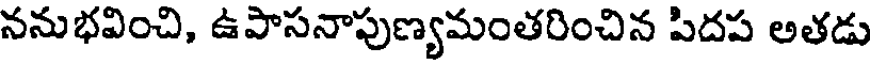
ననుభవించి, ఉపాసనాపుణ్యమంతరించిన పిదప అతడు